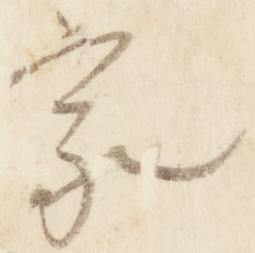
家